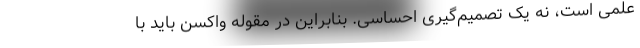
علمی است، نه یک تصمیم‌گیری احساسی. بنابراین در مقوله واکسن باید با